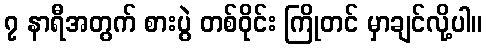
၇ နာရီအတွက် စားပွဲ တစ်ဝိုင်း ကြိုတင် မှာချင်လို့ပါ။